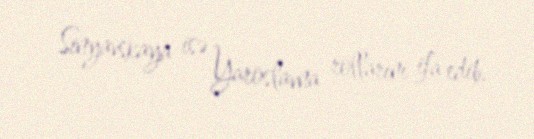
Sinyavskaya isə Yaroslavna rollarını ifa edib.